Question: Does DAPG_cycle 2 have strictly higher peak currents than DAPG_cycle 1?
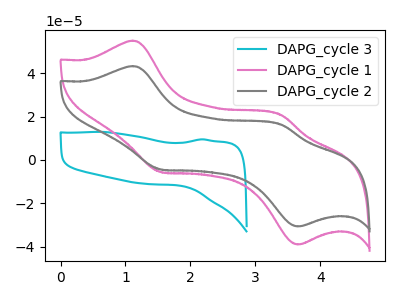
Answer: <think>The cyan curve "DAPG_cycle 3" has no peaks. The pink curve "DAPG_cycle 1" has anodic peaks at (1.10V, 55.00uA) (3.40V, 20.65uA) and cathodic peaks at (1.55V, -5.60uA) (3.65V, -39.05uA). The gray curve "DAPG_cycle 2" has anodic peaks at (1.10V, 43.25uA) (3.40V, 16.25uA) and cathodic peaks at (1.55V, -4.40uA) (3.65V, -30.75uA).</think>
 <answer>Every peak in "DAPG_cycle 2" is lower than every peak in "DAPG_cycle 1".</answer>
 <eval>lower</eval>